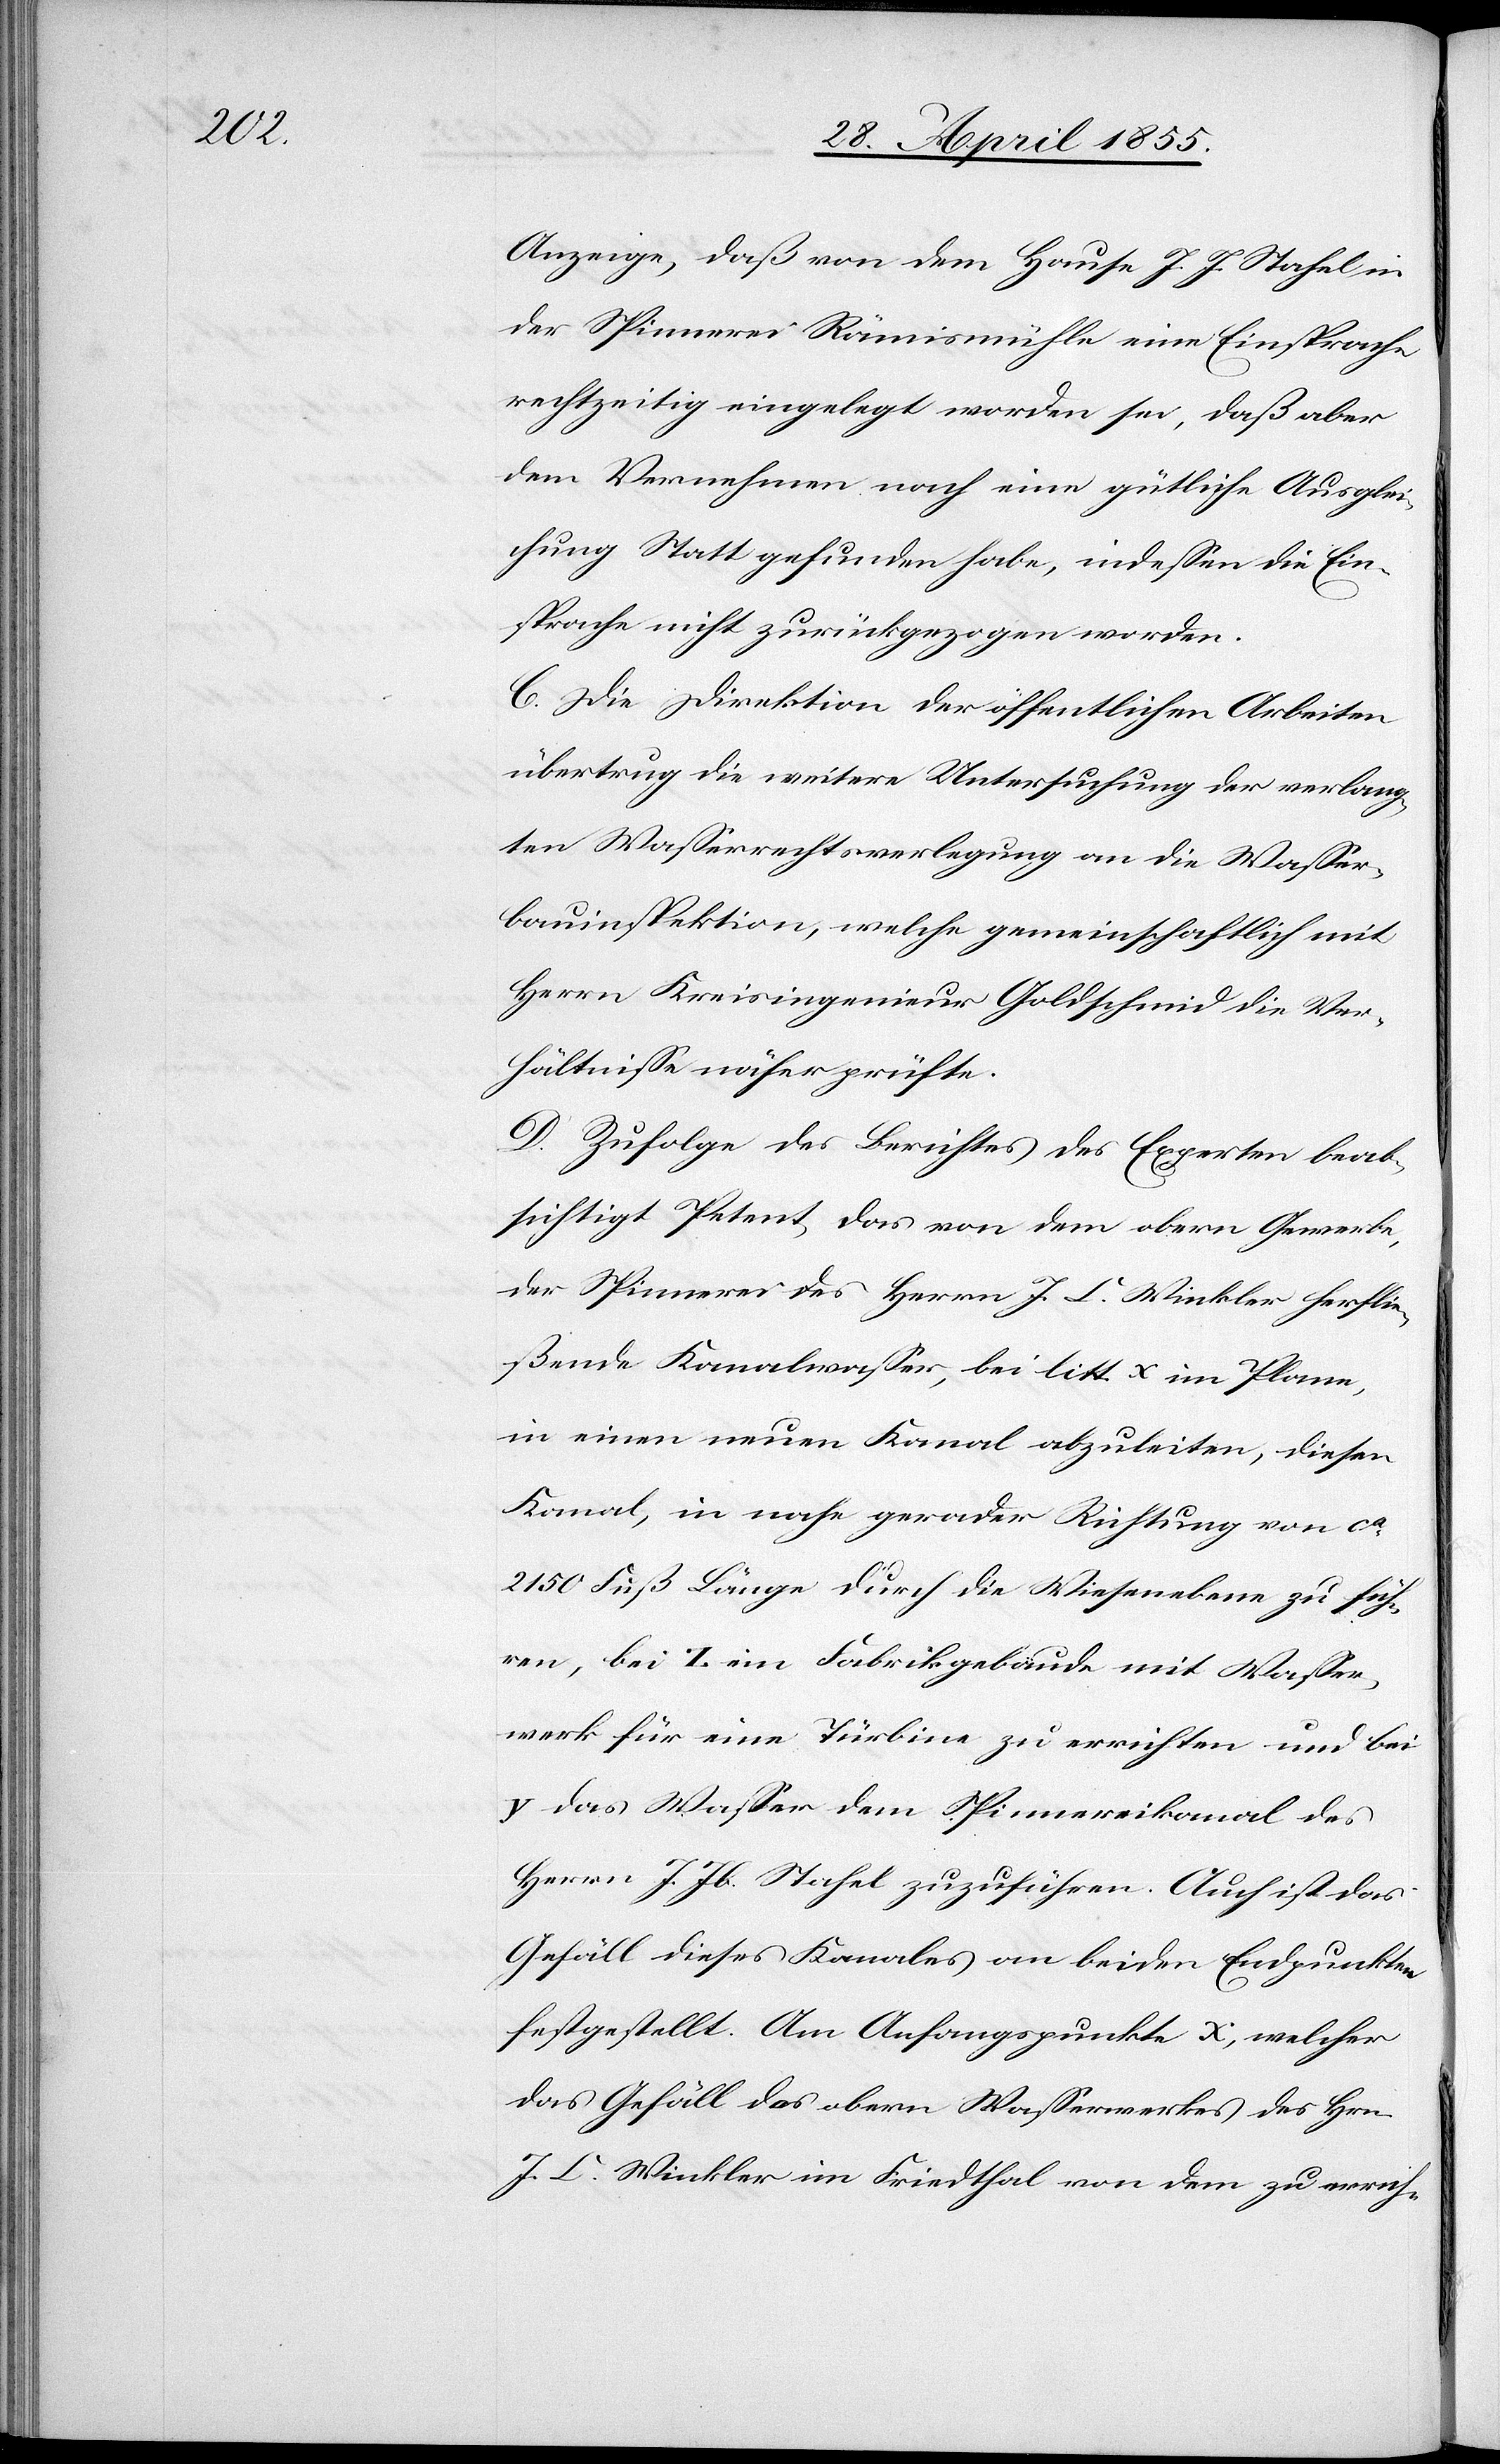
Anzeige, daß von dem Hause J. J. Stahel in
der Spinnerei Rämismühle eine Einsprache
rechtzeitig eingelegt worden sei, daß aber
dem Vernehmen nach eine gütliche Ausglei¬
chung Statt gefunden habe, indessen die Ein¬
sprache nicht zurückgezogen worden.
C. Die Direktion der öffentlichen Arbeiten
übertrug die weitere Untersuchung der verlang¬
ten Wasserrechtsverlegung an die Wasser¬
bauinspektion, welche gemeinschaftlich mit
Herrn Kreisingenieur Goldschmid die Ver¬
hältnisse näher prüfte.
D. Zufolge des Berichtes des Experten beab¬
sichtigt Petent, das von dem obern Gewerbe,
der Spinnerei des Herrn J. C. Winkler herflie¬
ßende Kanalwasser, bei litt. x im Plane,
in einen neuen Kanal abzuleiten, diesen
Kanal, in nahe gerader Richtung von ca.
2150 Fuß Länge durch die Wiesenebene zu füh¬
ren, bei z ein Fabrikgebäude mit Wasser¬
werk für eine Türbine zu errichten und bei
y das Wasser dem Spinnereikanal des
Herrn J. Jb. Stahel zuzuführen. Auch ist das
Gefäll dieses Kanales an beiden Endpunkten
festgestellt. Am Anfangspunkte x, welcher
das Gefäll des obern Wasserwerkes des Hrn.
J. C. Winkler im Friedthal von dem zu errich-